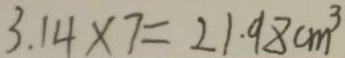
3 . 1 4 \times 7 = 2 1 . 9 8 c m ^ { 3 }